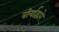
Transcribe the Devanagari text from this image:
वीर्याद्वारे